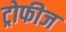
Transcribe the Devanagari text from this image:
ट्रोफीज